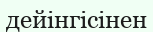
дейінгісінен